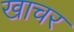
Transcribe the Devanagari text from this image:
खाचर